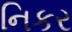
નિકર